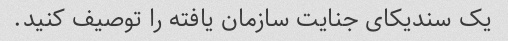
یک سندیکای جنایت سازمان یافته را توصیف کنید.